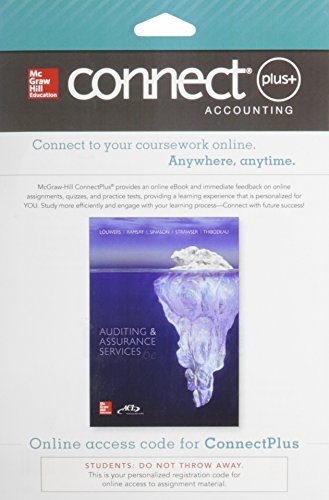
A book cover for Connect 2-Semester Access Card for Auditing & Assurance Services; Timothy Louwers; Business & Money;